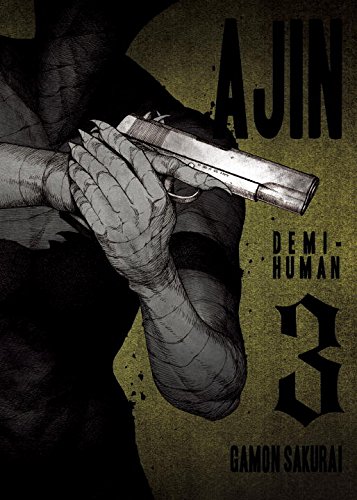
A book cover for Ajin, Volume 3: Demi-Human; Gamon Sakurai; Comics & Graphic Novels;